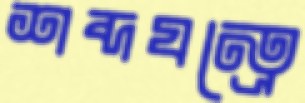
শব্দযন্ত্রে